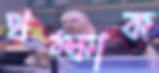
থম্‌কাক